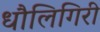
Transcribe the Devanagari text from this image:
धौलिगिरी